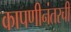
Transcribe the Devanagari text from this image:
कापणीनंतरची